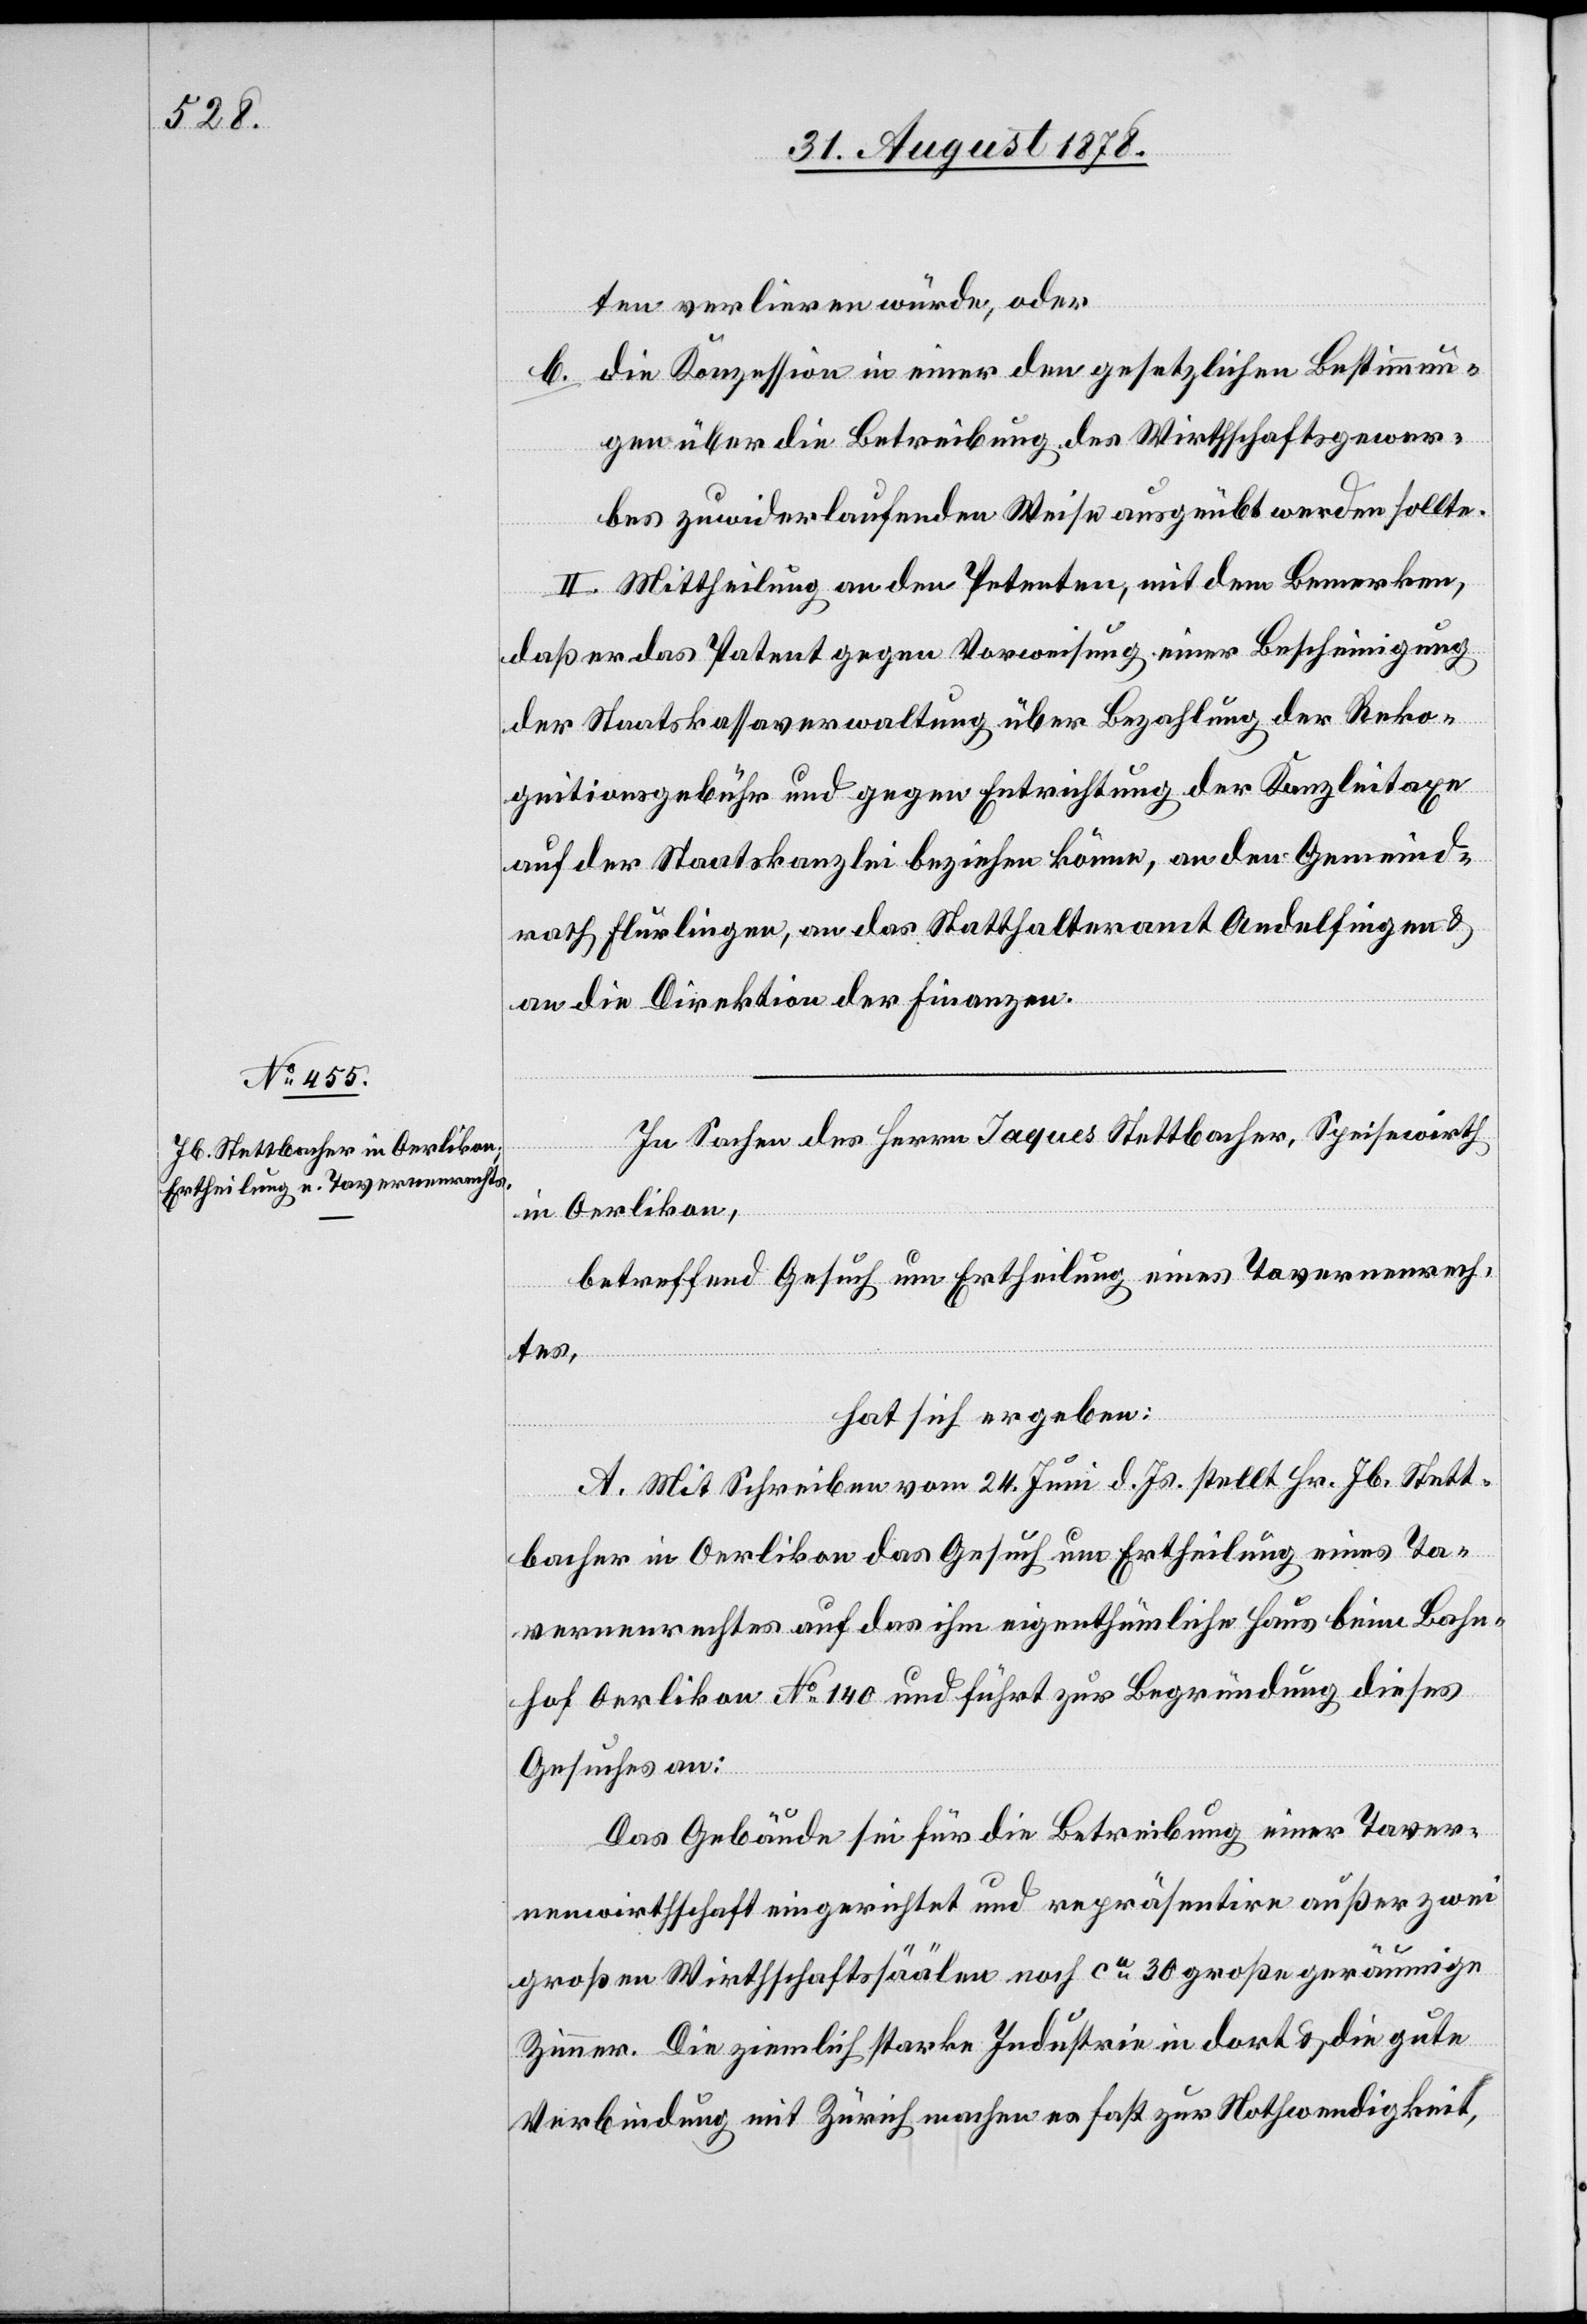
ten verlieren würde, oder
die Konzession in einer den gesetzlichen Bestimmun¬
gen über die Betreibung des Wirthschaftsgewer¬
bes zuwiderlaufenden Weise ausgeübt werden sollte.
II. Mittheilung an den Petenten, mit dem Bemerken,
daß er das Patent gegen Vorweisung einer Bescheinigung
der Staatskassaverwaltung über Bezahlung der Reko¬
gnitionsgebühr und gegen Entrichtung der Kanzleitaxe
auf der Staatskanzlei beziehen könne, an den Gemeind¬
rath Flurlingen, an das Statthalteramt Andelfingen &
an die Direktion der Finanzen.
In Sachen des Herrn Jaques Stettbacher, Speisewirth
in Oerlikon,
betreffend Gesuch um Erneuerung des Taverenenrech¬
tes,
hat sich ergeben:
A. Mit Schreiben vom 24. Juni 1878 stellt Hr. Jb. Stett¬
bacher in Oerlikon das Gesuch um Ertheilung eines Ta¬
vernenrechtes auf das ihm eigenthümliche Haus beim Bahn¬
hof Oerlikon No 140 und führt zur Begründung dieses
Gesuches an:
Das Gebäude sei für die Betreibung einer Taver¬
nenwirthschaft eingerichtet und repräsentire außer zwei
großen Wirthschaftssäälen noch ca 30 große geräumige
Zimmer. Die ziemlich starke Industrie in dort & die gute
Verbindung mit Zürich machen es fast nur Nothwendigkeit,